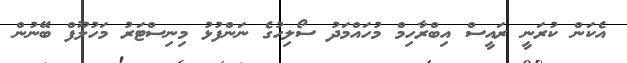
އެކަން ކުރަނީ ރައީސް އިބްރާހިމް މުހައްމަދު ސޯލިހުގެ ނަންފުޅު މިނިސްޓަރު މަހުލޫފް ބޭނުން